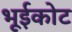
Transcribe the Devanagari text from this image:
भूईकोट